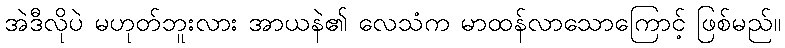
အဲဒီလိုပဲ မဟုတ်ဘူးလား အာယနဲ၏ လေသံက မာထန်လာသောကြောင့် ဖြစ်မည်။